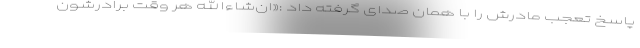
پاسخ تعجب مادرش را با همان صدای گرفته داد :«ان‌شاءالله هر وقت برادرشون